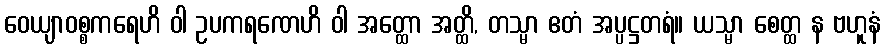
ဝေယျာဝစ္စကရေဟိ ဝါ ဥပကရဏေဟိ ဝါ အတ္ထော အတ္ထိ, တသ္မာ ဧတံ အပ္ပဋ္ဌတရံ။ ယသ္မာ စေတ္ထ န ဗဟူနံ